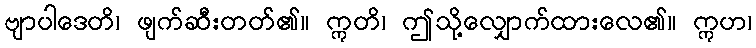
ဗျာပါဒေတိ၊ ဖျက်ဆီးတတ်၏။ ဣတိ၊ ဤသို့လျှောက်ထားလေ၏။ ဣဟ၊